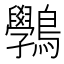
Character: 𪈔